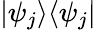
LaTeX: \textstyle|\psi_{j}\rangle\langle\psi_{j}|